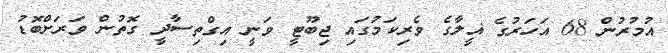
އުމުރުން 68 އަހަރުގެ ޣީލާގެ ވެރިކަމުގައި ޖިބޫޓީ ވަނީ އިގްތިސާދީ ގޮތުން ވަރަށްބޮޑު